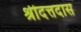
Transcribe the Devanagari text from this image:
श्रीदत्तदास